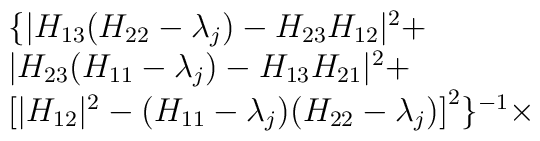
\begin{array}{l}\{ |H_{13}(H_{22}-\lambda_{j})-H_{23}H_{12}|^{2}+\\|H_{23}(H_{11}-\lambda_{j})-H_{13}H_{21}|^{2}+\\\left[|H_{12}|^{2}-(H_{11}-\lambda_{j})(H_{22}-\lambda_{j})\right]^{2}\}^{-1}\times\end{array}